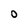
Character: 0